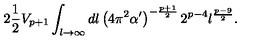
2 \frac { 1 } { 2 } V _ { p + 1 } \int _ { l \to \infty } d l \left( 4 \pi ^ { 2 } \alpha ^ { \prime } \right) ^ { - \frac { p + 1 } { 2 } } 2 ^ { p - 4 } l ^ { \frac { p - 9 } { 2 } } .